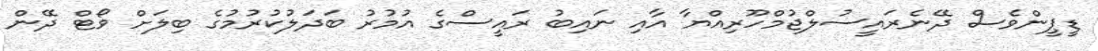
ޑީޕީންވެސް ދޭނެރައީސުލްޖުމްހޫރިއްޔާ އާއި ނައިބު ރައީސްގެ އުމުރު ބަދަލުކުރުމުގެ ބިލަށް ވޯޓް ދޭން